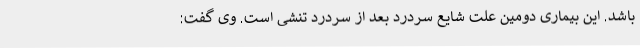
باشد. این بیماری دومین علت شایع سردرد بعد از سردرد تنشی است. وی گفت: